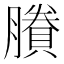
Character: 賸